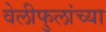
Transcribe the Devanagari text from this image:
वेलीफुलांच्या